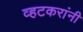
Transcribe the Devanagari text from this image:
व्हटकरांनी